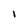
Character: I